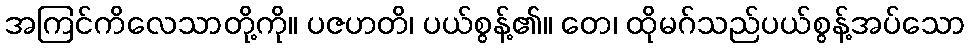
အကြင်ကိလေသာတို့ကို။ ပဇဟတိ၊ ပယ်စွန့်၏။ တေ၊ ထိုမဂ်သည်ပယ်စွန့်အပ်သော